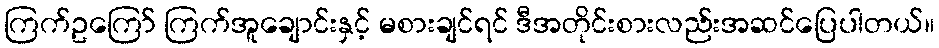
ကြက်ဥကြော် ကြက်အူချောင်းနှင့် မစားချင်ရင် ဒီအတိုင်းစားလည်းအဆင်ပြေပါတယ်။